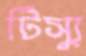
টিস্যু